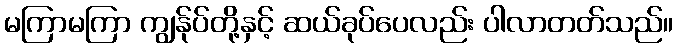
မကြာမကြာ ကျွန်ုပ်တို့နှင့် ဆယ်ခုပ်ပေလည်း ပါလာတတ်သည်။